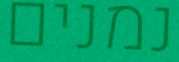
נמנים